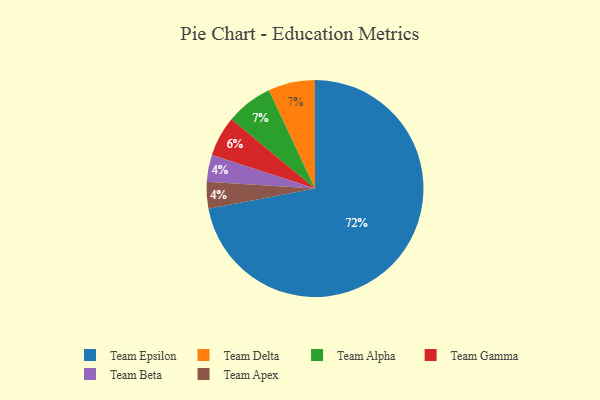
{"axis": {"x": "Category", "y": "Percentage"}, "legend": ["Team Alpha", "Team Apex", "Team Beta", "Team Delta", "Team Epsilon", "Team Gamma"], "data": [{"x": "Team Gamma", "y": 6, "type": "Team Gamma"}, {"x": "Team Beta", "y": 4, "type": "Team Beta"}, {"x": "Team Delta", "y": 7, "type": "Team Delta"}, {"x": "Team Apex", "y": 4, "type": "Team Apex"}, {"x": "Team Epsilon", "y": 72, "type": "Team Epsilon"}, {"x": "Team Alpha", "y": 7, "type": "Team Alpha"}]}